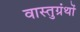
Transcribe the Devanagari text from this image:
वास्तुग्रंथों